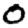
Digit: 0